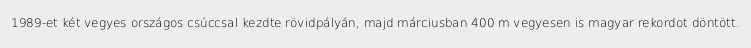
1989-et két vegyes országos csúccsal kezdte rövidpályán, majd márciusban 400 m vegyesen is magyar rekordot döntött.